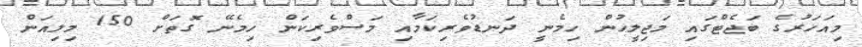
މިއަހަރުގެ ބަޖެޓްގައި މަޖިލީހުން ހިމެނީ ދަނޑުވެރިކަމާއި މަސްވެރިކަން ހިމެނޭ ގޮތަށް 150 މިލިއަން